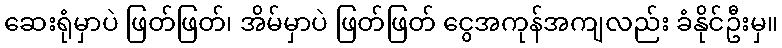
ဆေးရုံမှာပဲ ဖြတ်ဖြတ်၊ အိမ်မှာပဲ ဖြတ်ဖြတ် ငွေအကုန်အကျလည်း ခံနိုင်ဦးမှ။